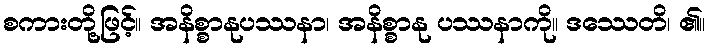
စကားတို့ဖြင့်။ အနိစ္စာနုပဿနာ၊ အနိစ္စာနု ပဿနာကို။ ဒဿေတိ၊ ၏။